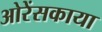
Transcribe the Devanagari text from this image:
ओरेंसकाया